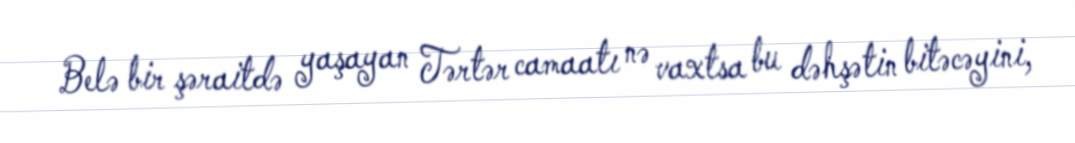
Belə bir şəraitdə yaşayan Tərtər camaatı nə vaxtsa bu dəhşətin bitəcəyini,